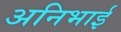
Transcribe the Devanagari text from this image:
अनिभाई